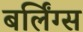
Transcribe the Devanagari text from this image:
बर्लिंग्स